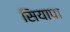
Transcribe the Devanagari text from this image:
सियापा